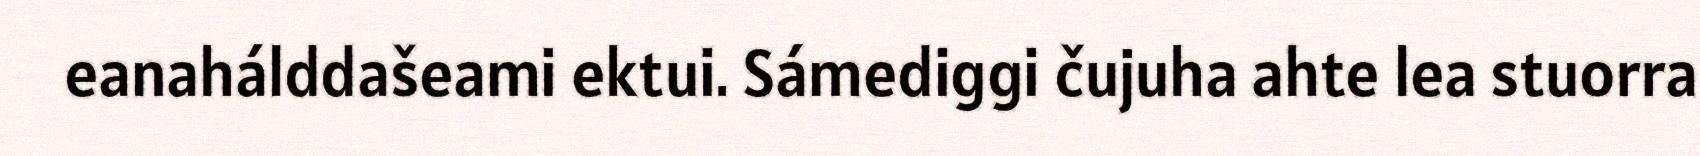
eanahálddašeami ektui. Sámediggi čujuha ahte lea stuorra